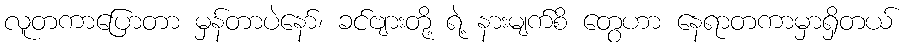
လူတကာပြောတာ မှန်တာပဲနော်၊ ခင်ဗျားတို့ ရဲ့ နားမျက်စိ တွေဟာ နေရာတကာမှာရှိတယ်